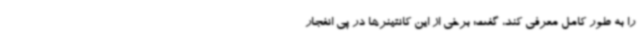
را به طور کامل معرفی کند، گفت: برخی از این کانتینرها در پی انفجار